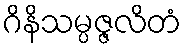
ဂိနိသမ္ပဇ္ဇလိတံ